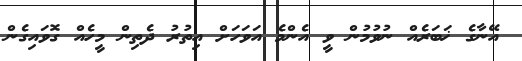
އޭނާގެ ޚަބަރެއް ނުވުމުން ވީ އެންމެ އަވަހަށް އިތުރު ދެތިން މީހެއް ގޮވައިގެން